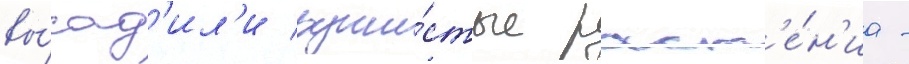
вы́сад'ил'и души́стые раст'е́н'иа -